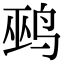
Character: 鹀